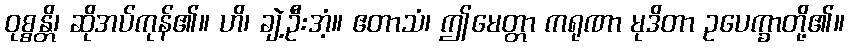
ဝုစ္စန္တိ၊ ဆိုအပ်ကုန်၏။ ဟိ၊ ချဲ့ဦးအံ့။ ဧတာသံ၊ ဤမေတ္တာ ကရုဏာ မုဒိတာ ဥပေက္ခာတို့၏။